Leaving Certificate Examination, 1903
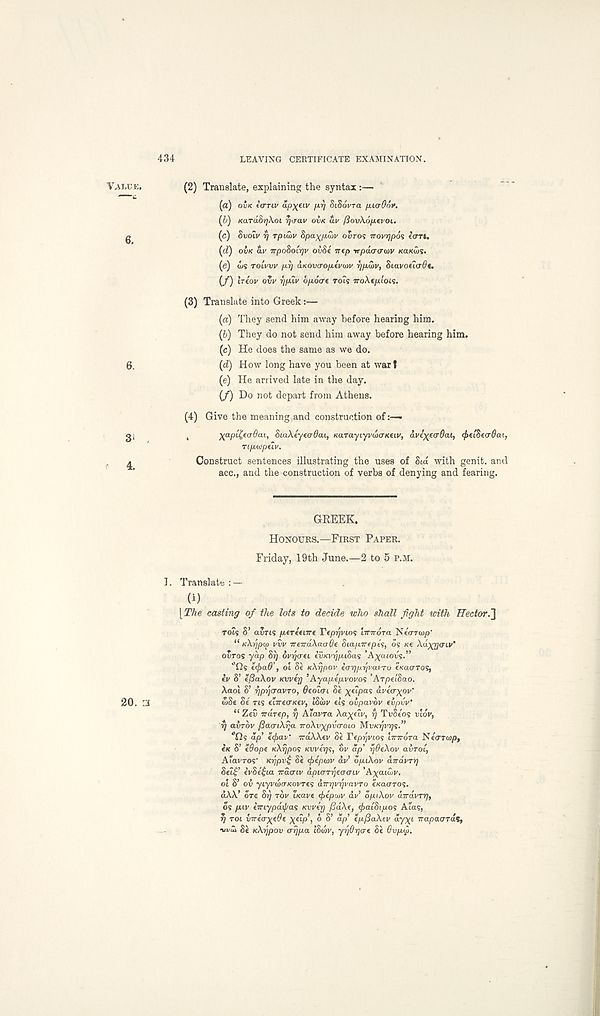
434
LEAVING CERTIFICATE EXAMINATION.
VALUE.
6.
(2) Translate, explaining the syntax :—
(a) OVK iarriv ap^eiv /xr) SiSoyra fXiaOov.
(b) KaTa8r]\oi rjtrav OVK du fiov\6[X€voi.
(c) SVOLV 7] rpiutv Spa^/xdiv ouro? Trovrjpos iun,
(d) OVK av TrpoSoirjv ovSi ittp rrpdo-irivv KaKds.
(e) dus TOLWV pi/ OLKOva-op.fV(ov i]p.(l>v, 8iavoeicr6t.
(/) Iriov ovv 7ip.lv opoare rots iroAe/u'ots.
(3) Translate into Greek:—
(a) They send him away before hearing him.
(b) They do not send him away before hearing him.
(c) He does the same as we do.
(d) How long have you been at war t
(e) He arrived late in the day.
(/) Do not depart from Athens.
(4) Give the meaning and construction of-
,
Xapl£e<r6ai, 8ia\£yea6cu, KarayLyvdcrKfLV, dvd^eudal, (faetSecrSai,
ripwpelv.
Construct sentences illustrating the uses of 8id with genit. and
acc., and the construction of verbs of denying and fearing.
GREEK.
HONOURS.—FIRST PAPER.
Friday, 19th June.—2 to 5 P.M.
I. Translate: —
(i)
{The casting of the lots to decide who shall fight with Hector.']
Tots S’ avrts /xcreetire Teprjvios imrora Ntirrtup'
“ KXTQPM I/0V TreTrdXaaOe Sta/tTTfpts, os KC Xd^rjoLV’
OVTOS yap 8i) ovvjati IvKvrjpiSas ’Agatovs.”
"Gs tcfrad’, ol Se KXrjpov iarjprjvavTo eKacrros,
iv S’ tfiaXov Kvvtrj ’Ayapepvovos ’ArpelSao.
Xaol S’ r}prjCTavTO, Oeolcri Se \elpag dve'cr^ov'
20, 3
wSe Se ns elireoTKev, I8ibv els ovpavbv evpvv’
“ ZeC irdrep, r/ Aiavra Xa^elv, rj TvSe'os vlov,
fj avrov j3ao-iXrja TroXvypvo’oto MVKTJVTJS."
‘Os dp’ ecfaav' TrdXXev Se Pepijvtos ’nrirora Nearar/o,
etc S’ e9ope KXrjpos Kvverjs, ov dp’ rjdeXov avrot,
Aiavros' Kr/pv£ Se ejiepwv av’ opiXov dndvTr)
8el£’ evSetjia irdcriv apnrrijeacrtv ’Ayataiv.
ot S’ ov yeyvdxTKovres airrjvrjvavTo e/caaros.
dAA’ ore Sr) TOV Leave efteptvv dv’ opiXov dirdvry),
os piv eniypaij/as Kvver] fjdXe, (jbatSi/xos Atas,
rj TOI virea-^eOe yetp’, 6 S’ dp’ epfiaXev ayyt napacrTaS,
■VI/M Se KXrjpov arjpa I8d>v, yr/Orjcre Se 6vpw,